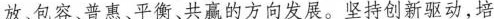
放、包容、普惠、平衡、共赢的方向发展。坚持创新驱动，培